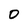
Character: 0